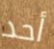
أحد